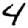
Digit: 4